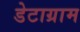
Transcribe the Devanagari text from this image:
डेटाग्राम